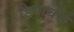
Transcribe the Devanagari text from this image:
डिपार्चर्स